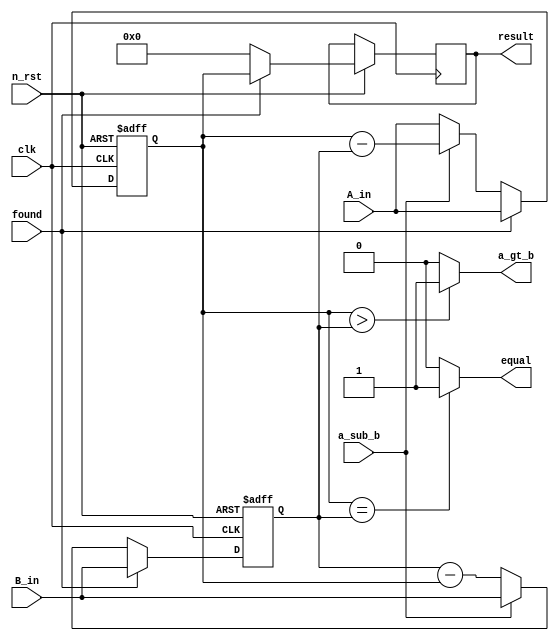
module gcd_dp #(parameter NUM_WIDTH = 16) (
    input [NUM_WIDTH-1 : 0] A_in , B_in,
    input clk , n_rst, a_sub_b , found,                //a_sub_b = 1 -> a-b , a_sub_b = 0 -> b-a
    output equal , a_gt_b,                            //a_gt_b = 1 -> A>B , a_gt_b = 0 -> B>A
    output reg [NUM_WIDTH-1 :0] result 
);

reg [NUM_WIDTH-1:0] A , B ;

always @(posedge clk or negedge n_rst) begin

    if (!n_rst) begin
        A <= 0;
        B <= 0;
    end
    else begin
        A <= A_in;
        B <= B_in;

        if(found) begin
            result <= A;
        end
        else begin
            result = 0;
            if(a_sub_b) begin
                A <= A-B;
            end
            else begin
                B <= B-A;
            end

        end
    end
end

assign equal = (A==B) ? 1:0;
assign a_gt_b = (A>B) ? 1:0;

endmodule